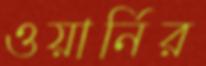
ওয়ার্নির